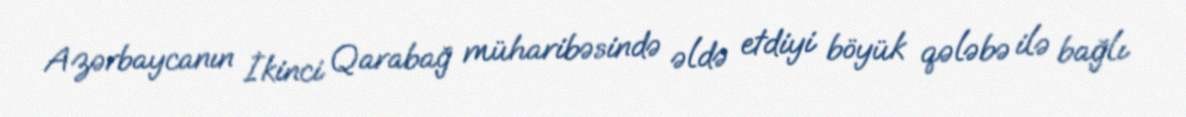
Azərbaycanın İkinci Qarabağ müharibəsində əldə etdiyi böyük qələbə ilə bağlı